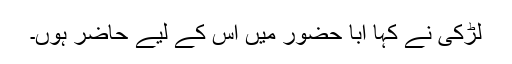
لڑکی نے کہا ابا حضور میں اس کے لیے حاضر ہوں۔